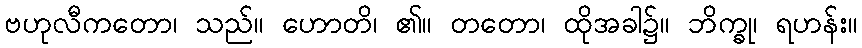
ဗဟုလီကတော၊ သည်။ ဟောတိ၊ ၏။ တတော၊ ထိုအခါ၌။ ဘိက္ခု၊ ရဟန်း။